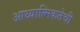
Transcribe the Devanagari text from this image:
आध्यात्मिकतेची